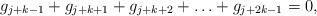
LaTeX: \begin{align*}g_{j+k-1} + g_{j+k+1} + g_{j+k+2} + \ldots + g_{j+2k-1} = 0,\end{align*}